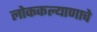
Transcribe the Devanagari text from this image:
लोककल्याणाचे